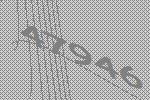
47946